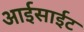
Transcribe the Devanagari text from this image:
आईसाईट